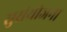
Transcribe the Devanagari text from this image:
सुसंयोजना